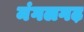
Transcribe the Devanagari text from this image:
मंगलगढ़